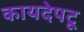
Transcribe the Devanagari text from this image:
कायदेपटू